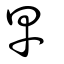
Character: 早